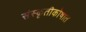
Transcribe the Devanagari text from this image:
संस्कृतीकोषात